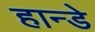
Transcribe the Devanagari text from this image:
हान्डे